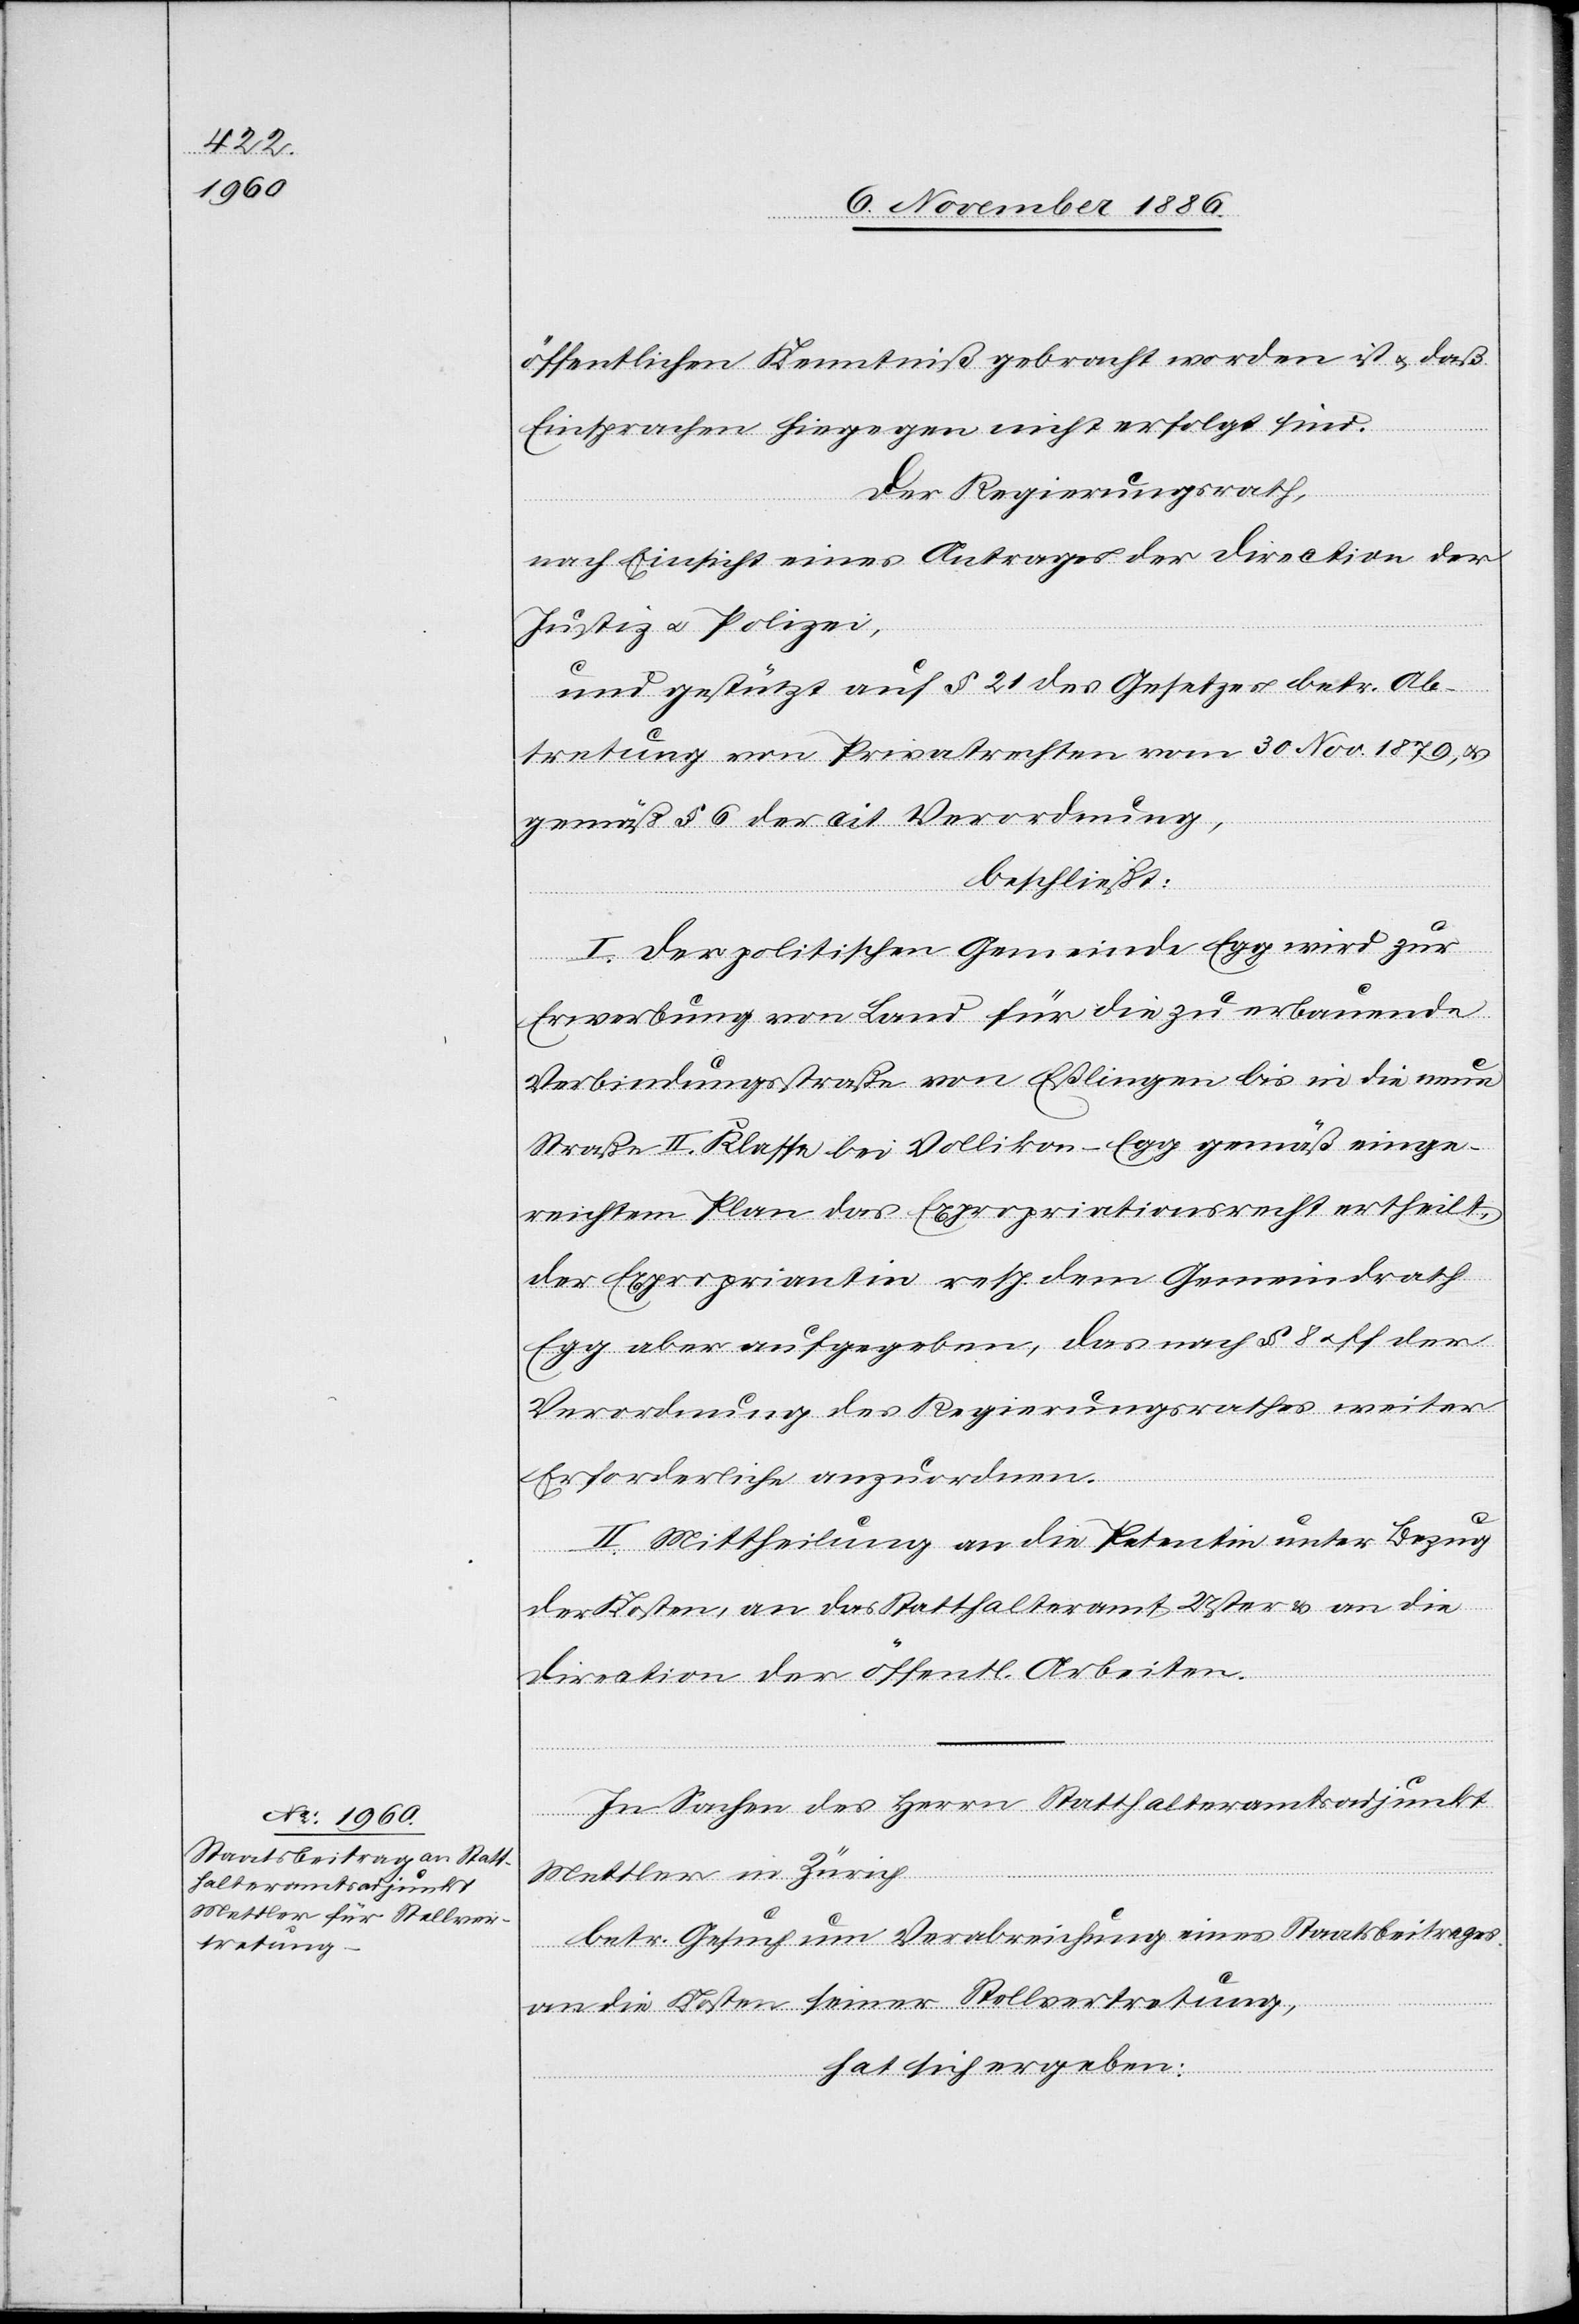
öffentlichen Kenntniß gebracht worden ist & daß
Einsprachen hiegegen nicht erfolgt sind.
Der Regierungsrath,
nach Einsicht eines Antrages der Direction der
Justiz & Polizei,
und gestützt auf § 21 des Gesetzes betr. Ab¬
tretung von Privatrechten vom 30. Nov. 1879, &
gemäß § 6 der cit. Verordnung,
beschließt:
I. Der politischen Gemeinde Egg wird zur
Erwerbung von Land für die zu erbauende
Verbindungsstraße von Eßlingen bis in die neue
Straße II. Klasse bei Vollikon - Egg gemäß einge¬
reichtem Plan das Expropriationsrecht ertheilt,
der Expropriantin resp. dem Gemeindrath
Egg aber aufgegeben, das nach § 8 & ff. der
Verordnung des Regierungsrathes weiter
Erforderliche anzuordnen.
II. Mittheilung an die Petentin unter Bezug
der Kosten, an das Statthalteramt Uster & an die
Direction der öffentl. Arbeiten.
In Sachen des Herrn Statthalteramtsadjunkt
Mettler in Zürich
betr. Gesuch um Verabreichung eines Staatsbeitrages
an die Kosten seiner Stellvertretung,
hat sich ergeben: